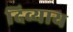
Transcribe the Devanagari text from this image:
दिव्याय